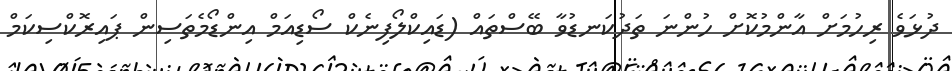
ދުޅަވެ ރިހުމަށް އާންމުކޮށް ހުންނަ ތަދުކަނޑުވާ ބޭސްތައް (ޑައިކްލޯފިނެކް ސޯޑިއަމް އިންޑޯމެތަސިން ޕައިރޮކްސިކަމް